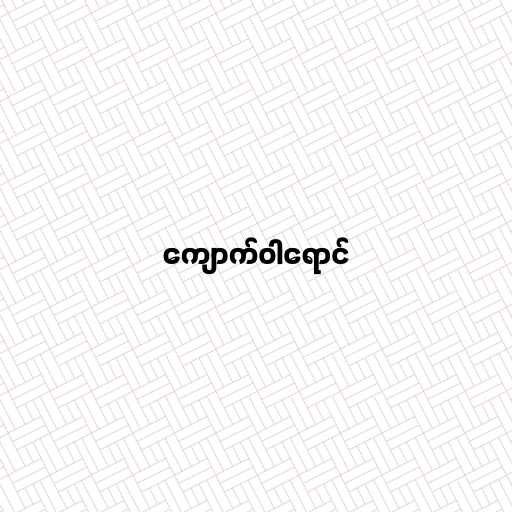
ကျောက်ဝါရောင်